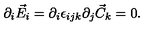
\partial _ { i } \vec { E } _ { i } = \partial _ { i } \epsilon _ { i j k } \partial _ { j } \vec { C } _ { k } = 0 .